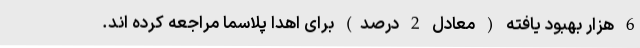
6 هزار بهبود یافته ( معادل 2 درصد) برای اهدا پلاسما مراجعه کرده اند.